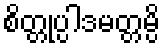
စိတ္တုပ္ပါဒမတ္တမ္ပိ